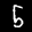
Label: 5